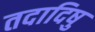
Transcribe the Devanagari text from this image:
तदादिषु